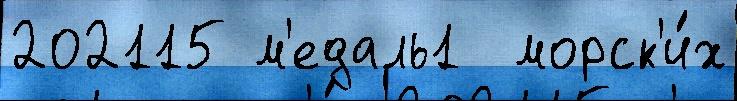
202115 м'едаль1  морск'и́х